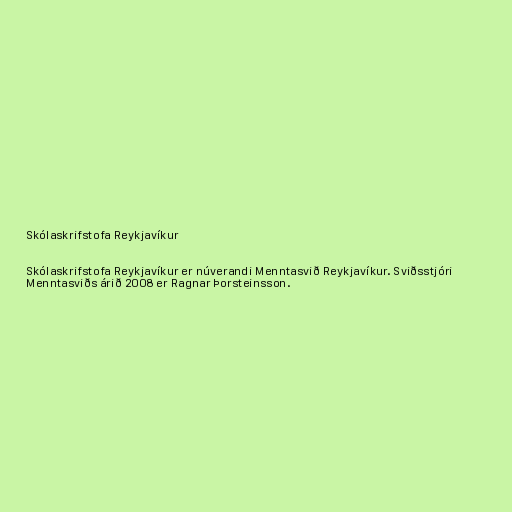
Skólaskrifstofa Reykjavíkur

Skólaskrifstofa Reykjavíkur er núverandi Menntasvið Reykjavíkur. Sviðsstjóri
Menntasviðs árið 2008 er Ragnar Þorsteinsson.